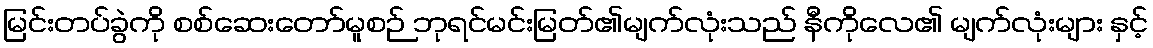
မြင်းတပ်ခွဲကို စစ်ဆေးတော်မူစဉ် ဘုရင်မင်းမြတ်၏မျက်လုံးသည် နီကိုလေ၏ မျက်လုံးများ နှင့်